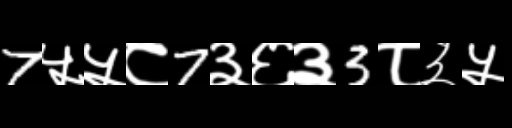
Text: 7५५८7३६३3८३५